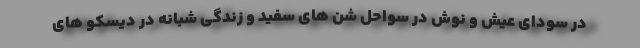
در سودای عیش و نوش در سواحل شن های سفید و زندگی شبانه در دیسکو های